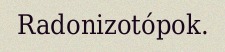
Radonizotópok.